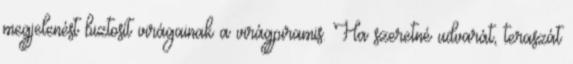
megjelenést biztosít virágainak a virágpiramis. Ha szeretné udvarát, teraszát